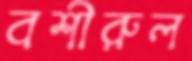
বশীরুল